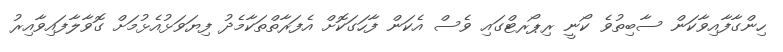
ހިންގާފާއިވާކަން ސާބިތުވެ ކޯނީ ރިޕޯރޓްގައި ވެސް އެކަން ފާހަގަކޮށް އެފަރާތްތަކާމެދު ފިޔަވަޅުއެޅުމަށް ގޮވާލާފައިވާއިރު